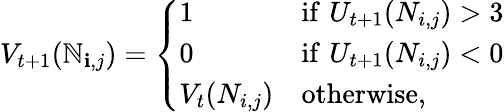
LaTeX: V_{t+1}(\mathbb{N}_{\mathbf{i},j})=\left\{ {\begin{array}{ll}{1}&{{\mathrm{if}}\, \, U_{t+1}(N_{i,j})>3}\\ {0}&{{\mathrm{if}}\, \, U_{t+1}(N_{i,j})<0}\\ {V_{t}(N_{i,j})}&{{\mathrm{otherwise}},}\end{array}}\right.